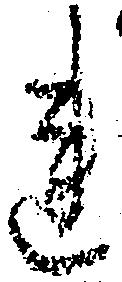
れ